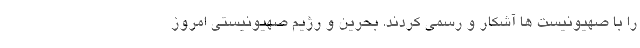
را با صهیونیست ها آشکار و رسمی کردند. بحرین و رژیم صهیونیستی امروز